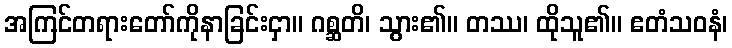
အကြင်တရားတော်ကိုနာခြင်းငှာ။ ဂစ္ဆတိ၊ သွား၏။ တဿ၊ ထိုသူ၏။ ဧတံသဝနံ၊